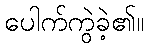
ပေါက်ကွဲခဲ့၏။